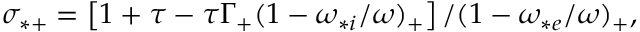
\begin{array} { r } { \sigma _ { * + } = \left[ 1 + \tau - \tau \Gamma _ { + } ( 1 - \omega _ { * i } / \omega ) _ { + } \right] / ( 1 - \omega _ { * e } / \omega ) _ { + } , } \end{array}